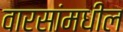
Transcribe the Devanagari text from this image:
वारसांमधील